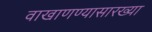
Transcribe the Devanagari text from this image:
वाखाणण्यासारख्या